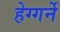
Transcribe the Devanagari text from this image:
हेग्गर्ने